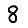
Digit: 8